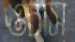
ওচাস